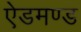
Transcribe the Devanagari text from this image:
ऐडमण्ड